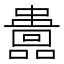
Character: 𡄅